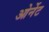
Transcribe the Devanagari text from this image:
ओर्नेट